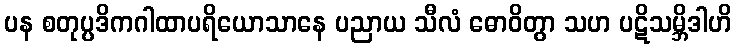
ပန စတုပ္ပဒိကဂါထာပရိယောသာနေ ပညာယ သီလံ ဓောဝိတွာ သဟ ပဋိသမ္ဘိဒါဟိ